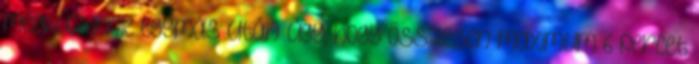
megküzdenie egymás után úgy, hogy összesen maximum 6 percet